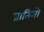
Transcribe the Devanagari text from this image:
प्रातिभो